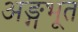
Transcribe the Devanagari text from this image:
अङ्गभूत